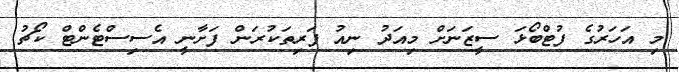
މި އަހަރުގެ ފުޓްބޯޅަ ސީޒަނަށް މިއަދު ނިއު ފަރިތަކުރަން ފަށާނީ އެސިސްޓެންޓް ކޯޗު